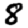
Digit: 8